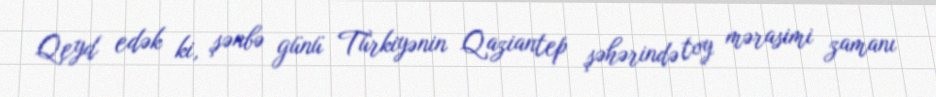
Qeyd edək ki, şənbə günü Türkiyənin Qaziantep şəhərində toy mərasimi zamanı